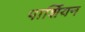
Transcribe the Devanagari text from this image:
पार्शियन